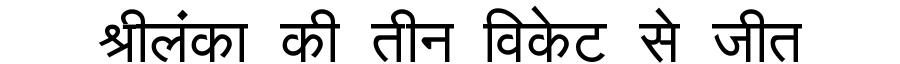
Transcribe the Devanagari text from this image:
श्रीलंका की तीन विकेट से जीत